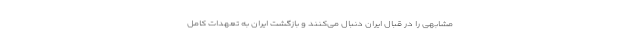
مشابهی را در قبال ایران دنبال می‌کنند و بازگشت ایران به تعهدات کامل